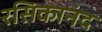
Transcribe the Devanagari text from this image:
रसिकानंद